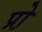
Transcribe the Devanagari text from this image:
प्रो़